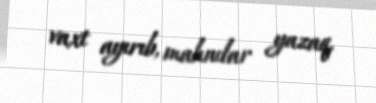
vaxt ayırıb, mahnılar yazaq.